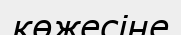
көжесіне